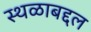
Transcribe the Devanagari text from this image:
स्थळाबद्दल